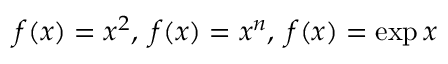
f ( x ) = x ^ { 2 } , \; f ( x ) = x ^ { n } , \; f ( x ) = \exp { x }